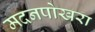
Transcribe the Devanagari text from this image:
मदनपोखरा